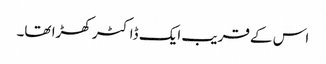
اس کے قریب ایک ڈاکٹر کھڑا تھا۔